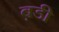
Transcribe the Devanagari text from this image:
ब़डी